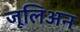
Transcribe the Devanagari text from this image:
जूलिअन